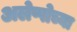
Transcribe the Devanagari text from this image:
अलेप्पोच्या